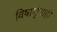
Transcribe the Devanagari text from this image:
विषाणूंचाही